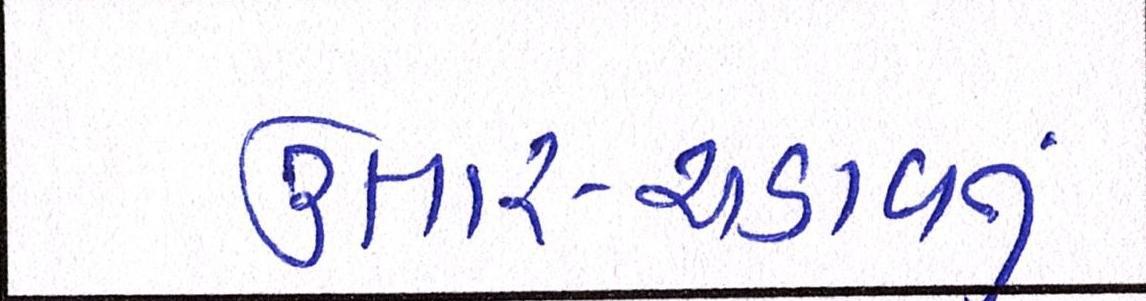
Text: ઉતાર-ચડાવનું